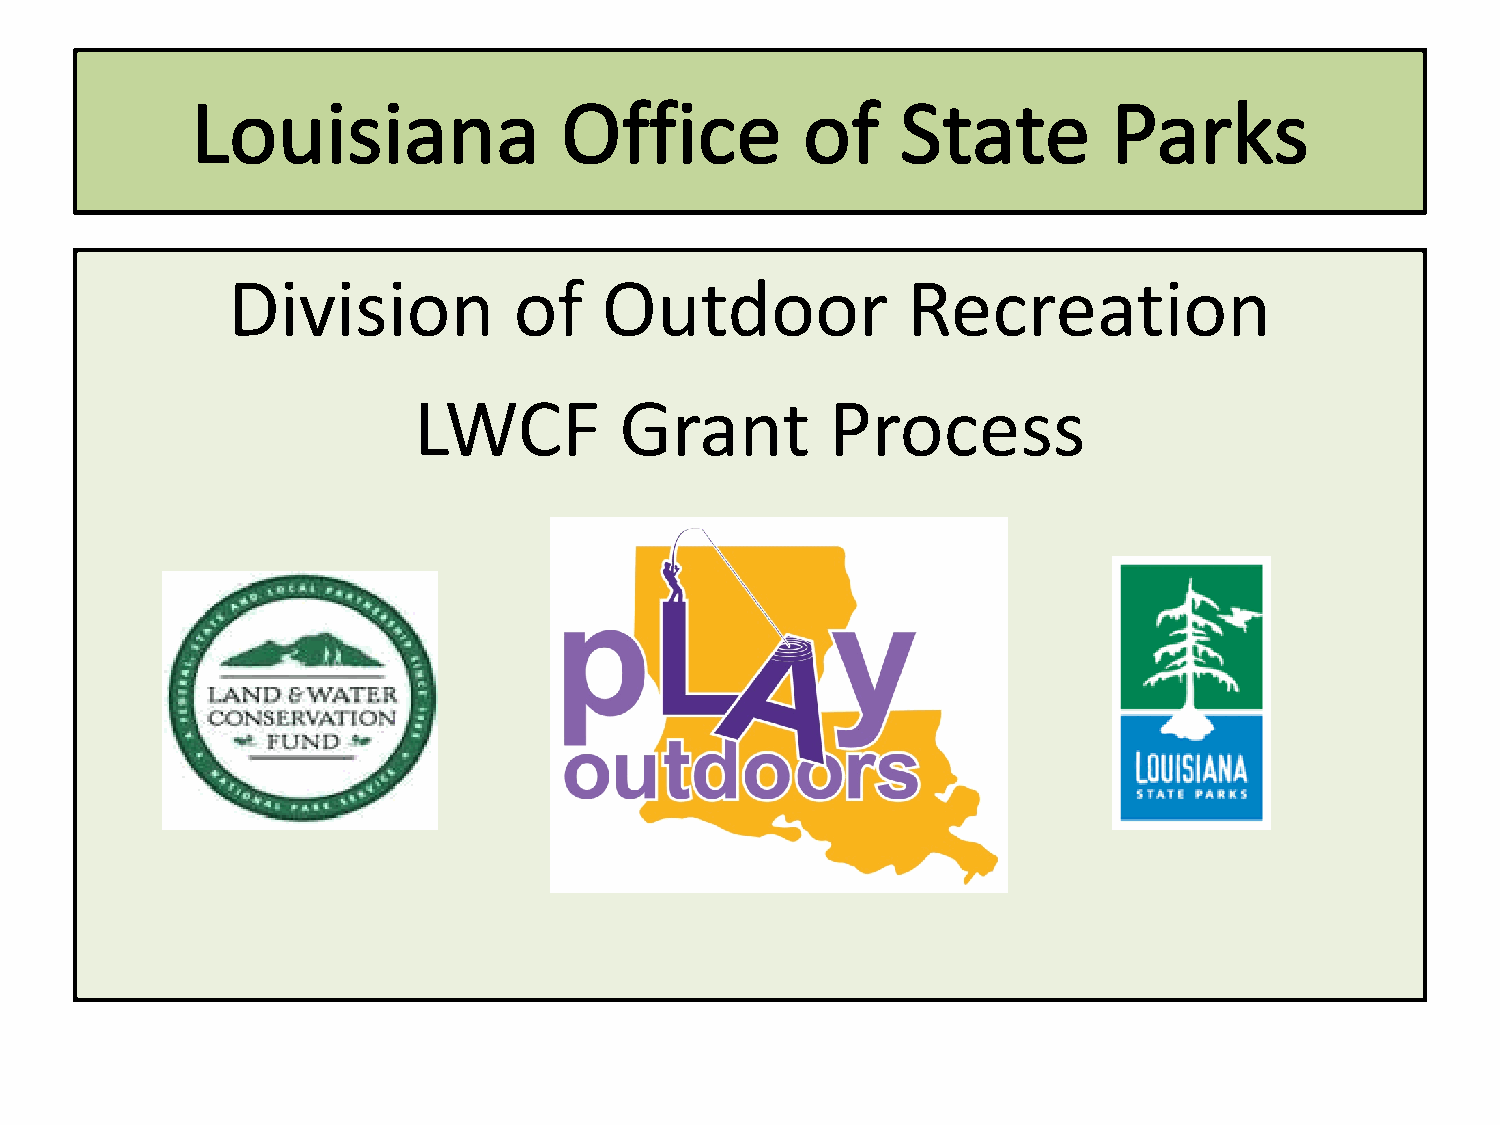
Division           of    Outdoor             Recreation
 LWCF          Grant         Process